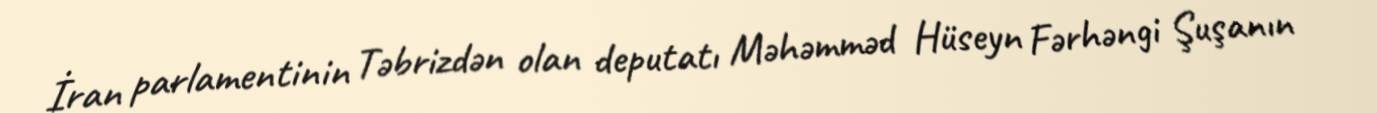
İran parlamentinin Təbrizdən olan deputatı Məhəmməd Hüseyn Fərhəngi Şuşanın